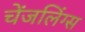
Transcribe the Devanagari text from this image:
चेंजलिंग्स